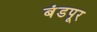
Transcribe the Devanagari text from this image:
बंडपूर